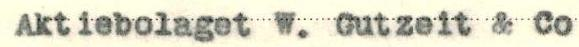
Aktiebolaget W. Gutzeit & Co